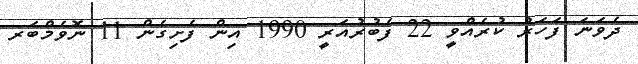
ދެވަނަ ފަހަރު ކުރެއްވީ 22 ފެބުރުއަރީ 1990 އިން ފެށިގެން 11 ނޮވެމްބަރ